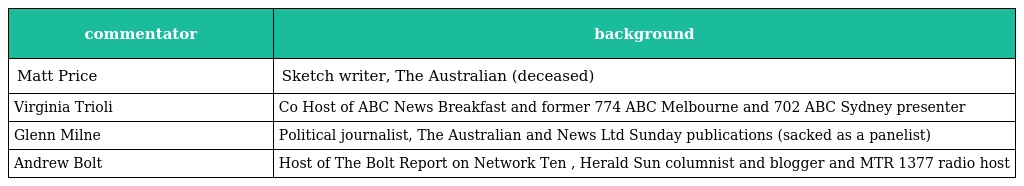
| commentator | background |
 | --- | --- |
 | Matt Price | Sketch writer, The Australian (deceased) |
 | Virginia Trioli | Co Host of ABC News Breakfast and former 774 ABC Melbourne and 702 ABC Sydney presenter |
 | Glenn Milne | Political journalist, The Australian and News Ltd Sunday publications (sacked as a panelist) |
 | Andrew Bolt | Host of The Bolt Report on Network Ten , Herald Sun columnist and blogger and MTR 1377 radio host |